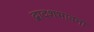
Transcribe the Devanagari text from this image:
द्वादशभावना